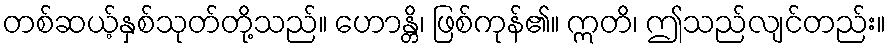
တစ်ဆယ့်နှစ်သုတ်တို့သည်။ ဟောန္တိ၊ ဖြစ်ကုန်၏။ ဣတိ၊ ဤသည်လျင်တည်း။